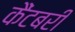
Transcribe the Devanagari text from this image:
कैंटबरी